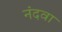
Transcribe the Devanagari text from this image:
नंदवा